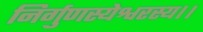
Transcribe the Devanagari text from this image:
निर्गुणस्येश्वरस्य।।